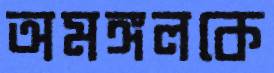
অমঙ্গলকে